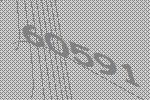
60591